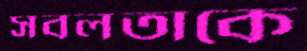
সবলতাকে